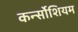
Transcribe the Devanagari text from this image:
कर्न्सोशियम